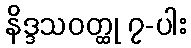
နိဒ္ဒသဝတ္ထု ၇-ပါး